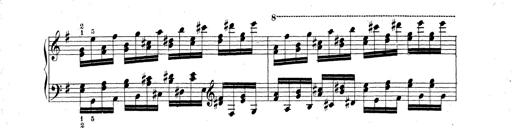
Title: Technische Studien
Composer: Franz Liszt